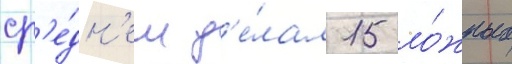
ср'е́дн'ем д'е́лал 15 ло́жных